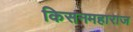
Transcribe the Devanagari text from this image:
किसनमहाराज